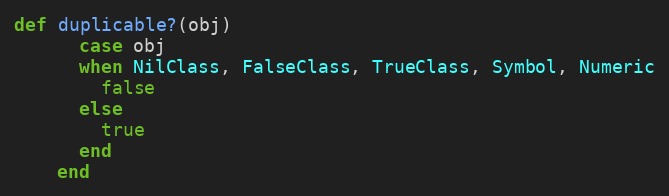
Language: Ruby
def duplicable?(obj)
      case obj
      when NilClass, FalseClass, TrueClass, Symbol, Numeric
        false
      else
        true
      end
    end